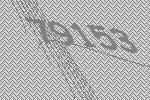
79153